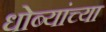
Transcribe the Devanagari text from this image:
धोब्यांच्या